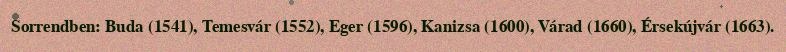
Sorrendben: Buda (1541), Temesvár (1552), Eger (1596), Kanizsa (1600), Várad (1660), Érsekújvár (1663).